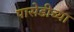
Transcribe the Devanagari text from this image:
पासेडीच्या